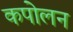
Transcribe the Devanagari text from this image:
कपोलन